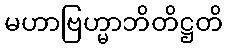
မဟာဗြဟ္မာဘိတိဋ္ဌတိ